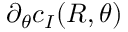
\partial _ { \theta } c _ { I } ( R , \theta )